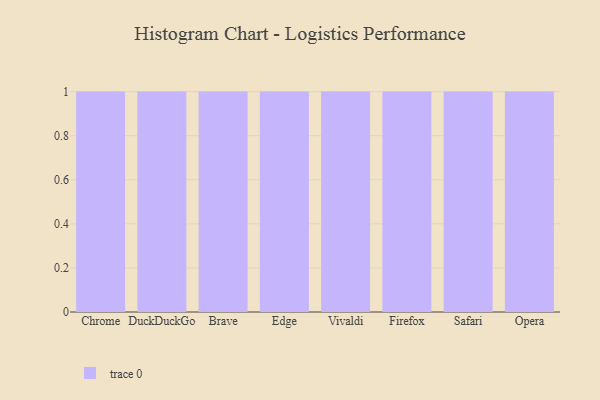
{"axis": {"x": "Browser", "y": "Latency (ms)"}, "legend": [""], "data": [{"x": "Chrome", "y": 43, "type": ""}, {"x": "DuckDuckGo", "y": 57, "type": ""}, {"x": "Brave", "y": 99, "type": ""}, {"x": "Edge", "y": 5, "type": ""}, {"x": "Vivaldi", "y": 75, "type": ""}, {"x": "Firefox", "y": 97, "type": ""}, {"x": "Safari", "y": 30, "type": ""}, {"x": "Opera", "y": 23, "type": ""}]}